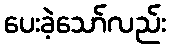
ပေးခဲ့သော်လည်း